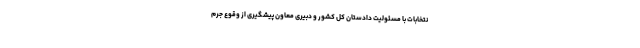
نتخابات با مسئولیت دادستان کل کشور و دبیری معاون پیشگیری از وقوع جرم